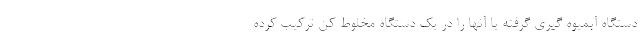
دستگاه آبمیوه گیری گرفته یا آنها را در یک دستگاه مخلوط کن ترکیب کرده